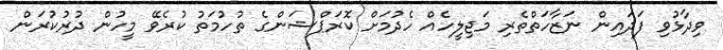
ވިދާޅުވި ފަދައިން ނަޒާހަތްތެރި މަޖިލީހެއް ހެދުމަށް ކޮރަޕްޝަންގެ ތުހުމަތު ކުރެވޭ މީހުން ދުރުކުރަން